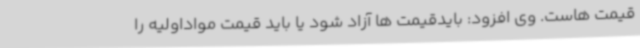
قیمت هاست. وی افزود: بایدقیمت ها آزاد شود یا باید قیمت مواداولیه را